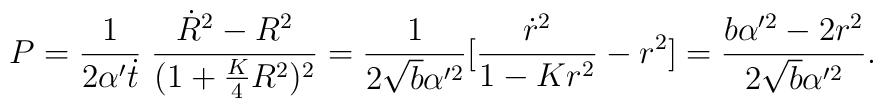
P=\frac{1}{2\alpha'\dot{t}}\;\frac{\dot{R}^2-R^2}{(1+\frac{K}{4}R^2)^2}=\frac{1}{2\sqrt{b}\alpha'^2}[\frac{\dot{r}^2}{1-Kr^2}-r^2]=\frac{b\alpha'^2-2r^2}{2\sqrt{b}\alpha'^2}.